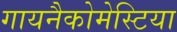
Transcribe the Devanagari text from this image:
गायनैकोमेस्टिया